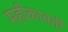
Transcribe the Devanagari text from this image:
महीकावती